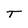
Character: T